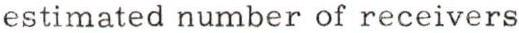
estimated number of receivers